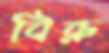
বিরু